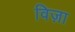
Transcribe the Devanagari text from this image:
विज़ा